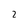
Character: 2